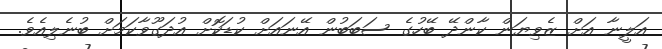
އަލީނާ އަށް ޒެވިޔަން ކާންދޭ ބޭހުގެ ސަބަބުން އޭނައަށް ކުޑަކޮށް އުދަގޫވާކަމަށް ބުނެލިއެވެ.